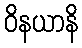
ဝိနယာနိ